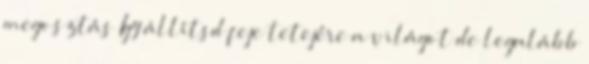
megosztás Így állítsd feje tetejére a világot de legalább